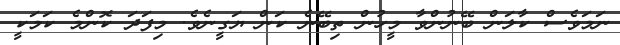
ނަމަވެސް ކާލަން ބޭނުންވާ މީހުން ތިބޭނެ ކަން ޔަގީނެވެ. މިފަދަ ކޮންމެ ކަމަކީ